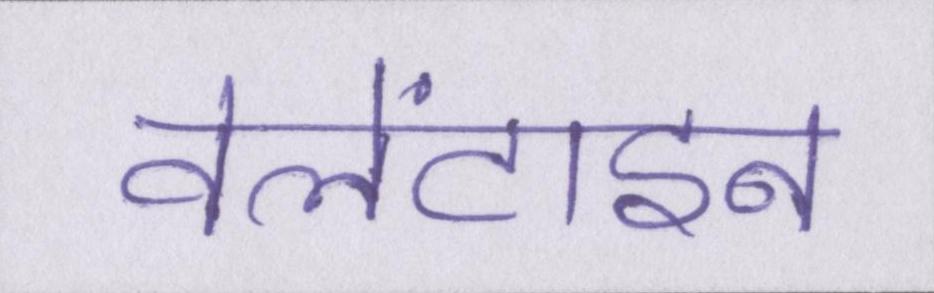
वेलेंटाइन